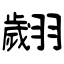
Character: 翽